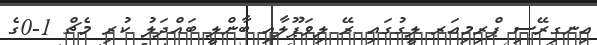
އިނގިރޭސި ޕްރިމިއަރ ލީގުގައި ރޭ ލިވަޕޫލާއި ބާންލީ ބައްދަލު ކުރި މެޗް 1-0ގެ